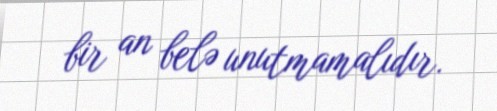
bir an belə unutmamalıdır.